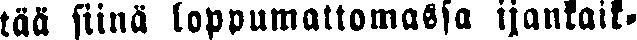
tää siinä loppumattomassa ijankaik-